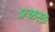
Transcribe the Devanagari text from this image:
प्रकल